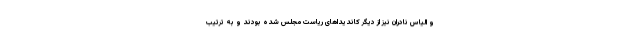
و الیاس نادران نیز از دیگر کاندیداهای ریاست مجلس شده بودند و به ترتیب